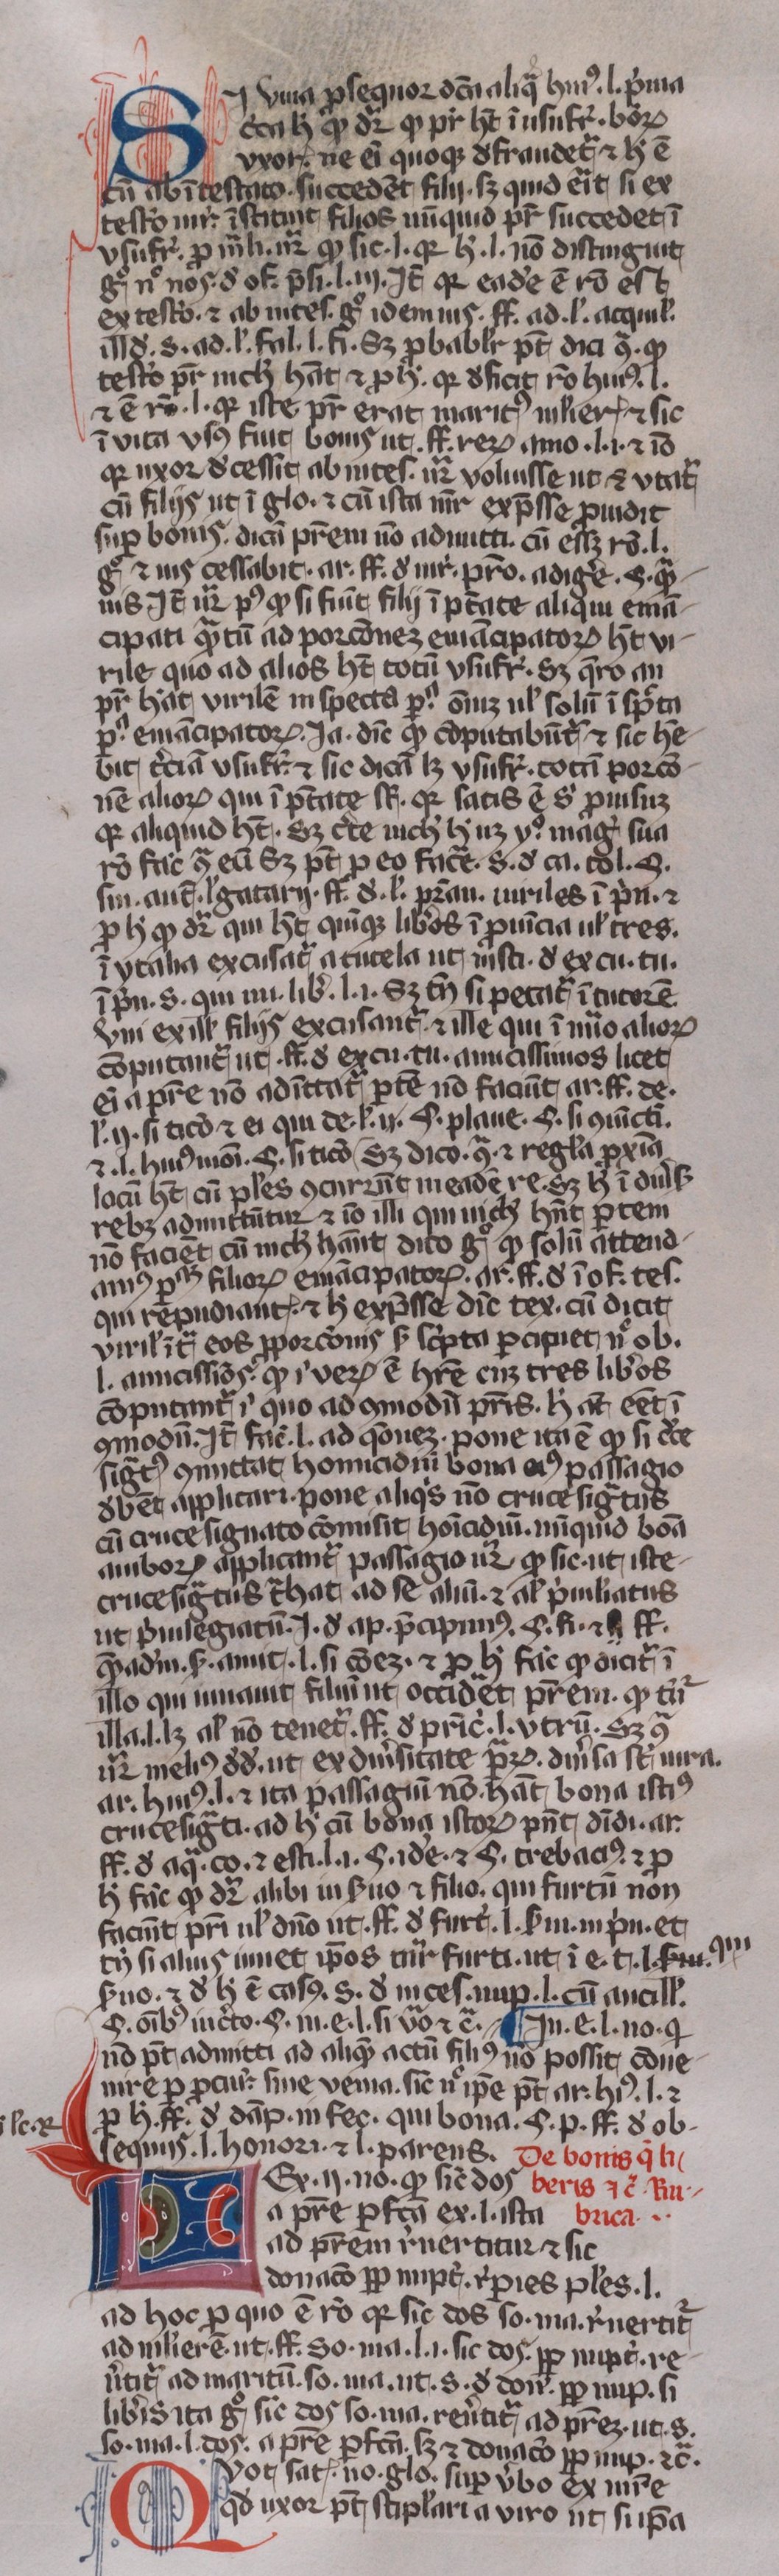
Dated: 1350–1399